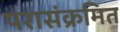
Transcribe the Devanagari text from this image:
परासंक्रमित